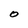
Character: O